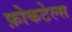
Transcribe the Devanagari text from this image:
फ़ोकटेल्स